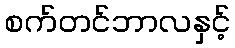
စက်တင်ဘာလနှင့်